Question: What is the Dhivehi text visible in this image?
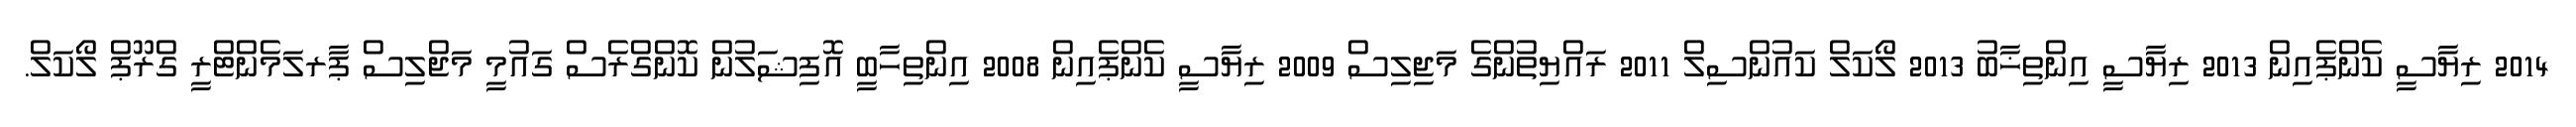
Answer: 2014 ރިޔާސީ ކެންޕެއިން 2013 ރިޔާސީ އިންތިޚާބު 2013 ލޯކަލް ކައުންސިލް 2011 ރައްޔިތުންގެ މަޖިލިސް 2009 ރިޔާސީ ކެންޕެއިން 2008 އިންތިހާބީ އޮފިޝަލުން ކޮންގްރެސް ގައުމީ މަޖްލިސް ޕާރލަމެންޓްރީ ގްރޫޕް ލޯކަލް.